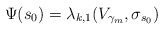
\begin{align*}\Psi(s_0) = \lambda_{k,1}(V_{\gamma_m},\sigma_{s_0})\end{align*}